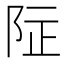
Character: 𱀌